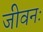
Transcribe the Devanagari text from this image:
जीवनः